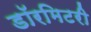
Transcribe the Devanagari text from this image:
डॉरमिटरी